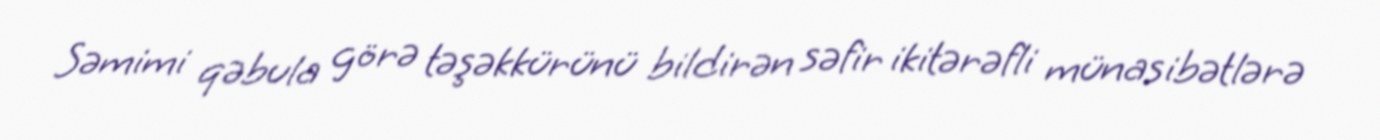
Səmimi qəbula görə təşəkkürünü bildirən səfir ikitərəfli münasibətlərə